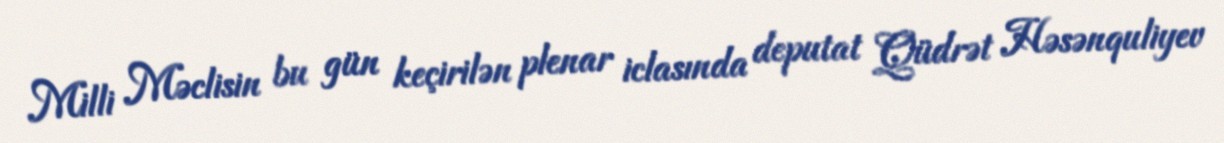
Milli Məclisin bu gün keçirilən plenar iclasında deputat Qüdrət Həsənquliyev